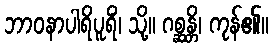
ဘာဝနာပါရိပူရိံ၊ သို့။ ဂစ္ဆန္တိ၊ ကုန်၏။